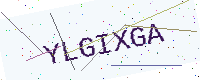
Text: YLGIXGA